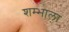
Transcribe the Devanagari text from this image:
शम्भाला